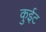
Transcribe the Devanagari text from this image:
कुईट